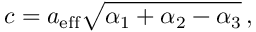
c = a _ { \mathrm { e f f } } \sqrt { \alpha _ { \mathrm { 1 } } + \alpha _ { \mathrm { 2 } } - \alpha _ { \mathrm { 3 } } } \, ,